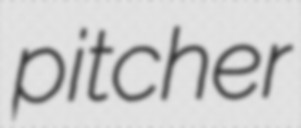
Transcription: pitcher